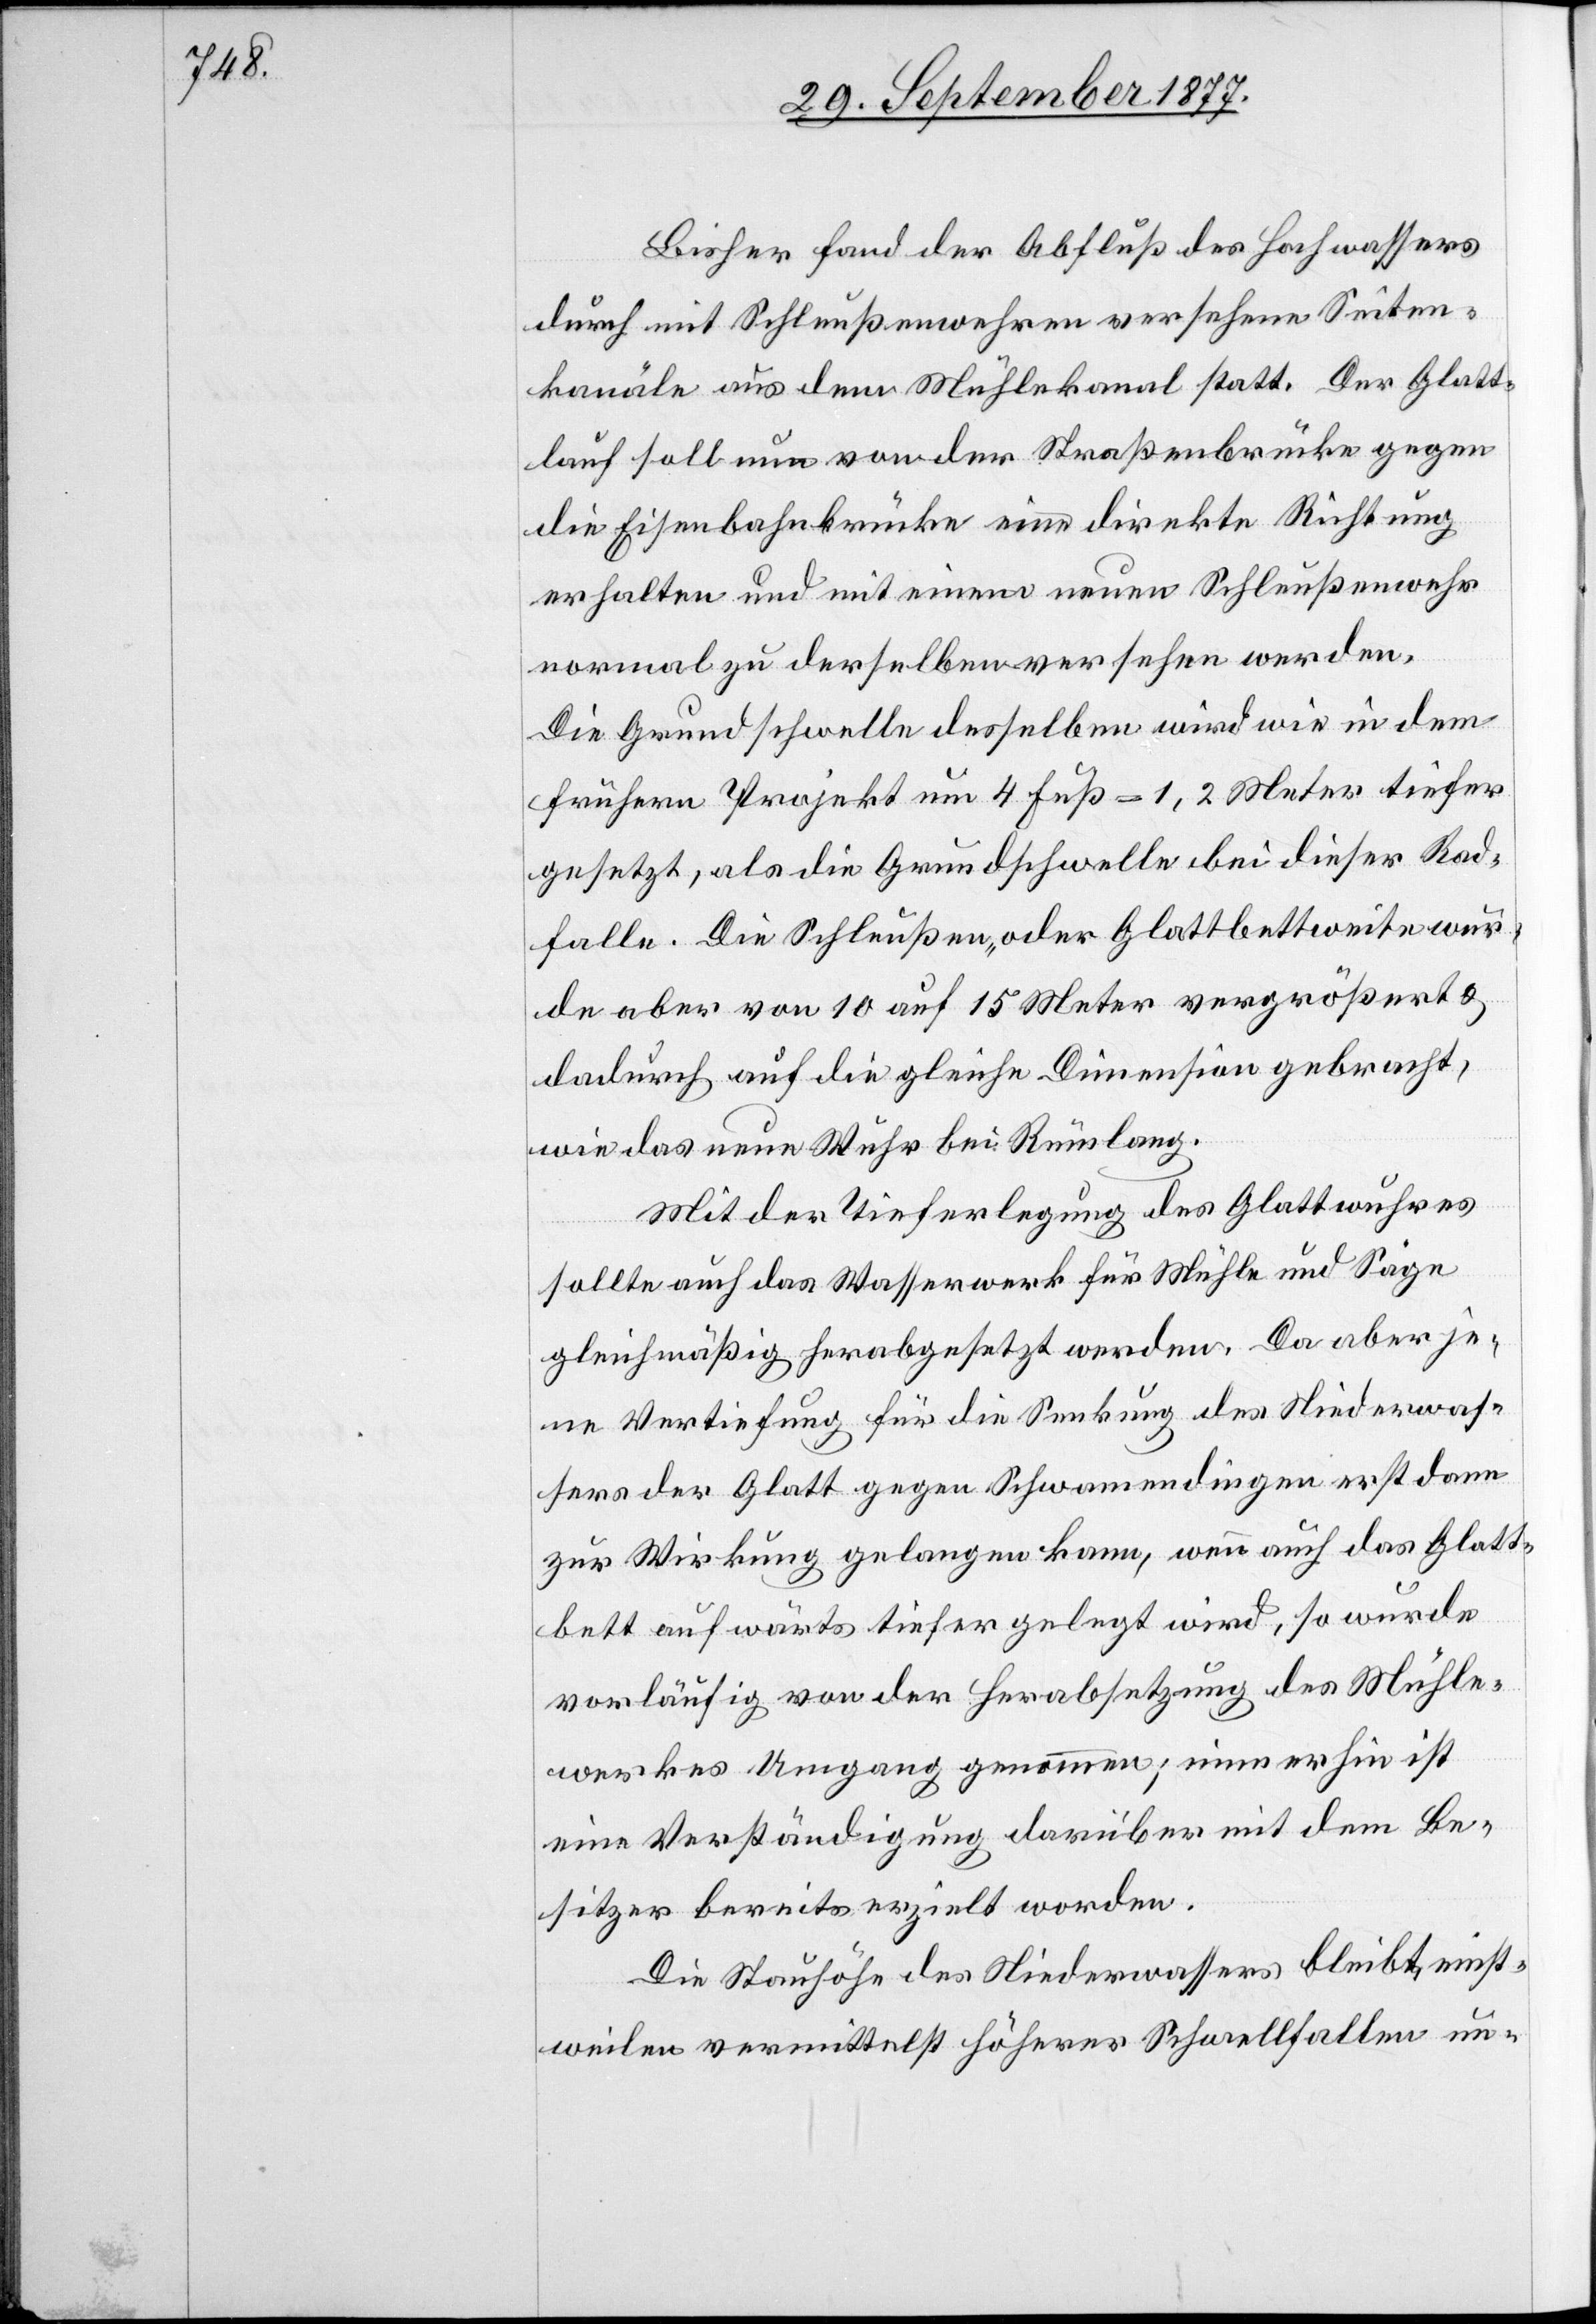
Bisher fand der Abfluß des Hochwassers
durch mit Schleußenwehren versehene Seiten¬
kanäle aus dem Mühlekanal statt. Der Glatt¬
lauf soll nun von der Straßenbrücke gegen
die Eisenbahnbrücke eine direkte Richtung
erhalten und mit einem neuen Schleußenwehr
normal zu derselben versehen werden.
Die Grundschwelle desselben wird wie in dem
frühern Projekt um 4 Fuß = 1,2 Meter tiefer
gesetzt, als die Grundschwelle bei dieser Rad¬
falle. Die Schleußen- oder Glattbettweite wur¬
de aber von 10 auf 15 Meter vergrößert &
dadurch auf die gleiche Dimension gebracht,
wie das neue Wuhr bei Rümlang.
Mit der Tieferlegung des Glattwuhres
sollte auch das Wasserwerk für Mühle und Säge
gleichmäßig herabgesetzt werden. Da aber je¬
ne Vertiefung für die Senkung des Niederwas¬
sers der Glatt gegen Schwamendingen erst dann
zur Wirkung gelangen kann, wenn auch das Glatt¬
bett aufwärts tiefer gelegt wird, so wurde
vorläufig von der Herabsetzung des Mühle¬
werkes Umgang genommen; immerhin ist
eine Verständigung darüber mit dem Be¬
sitzer bereits erzielt worden.
Die Stauhöhe des Niederwassers bleibt einst¬
weilen vermittelst höherer Schwellfallen un-